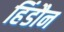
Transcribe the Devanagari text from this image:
हिंडौन